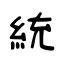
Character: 統